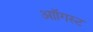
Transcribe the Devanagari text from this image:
आॉगस्ट